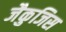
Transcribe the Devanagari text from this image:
जैकुजिस